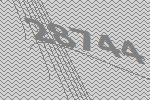
28744